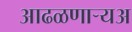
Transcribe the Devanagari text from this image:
आढळणार्‍यअ